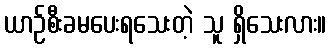
ယာဉ်စီးခမပေးရသေးတဲ့ သူ ရှိသေးလား။